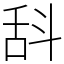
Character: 𣁳